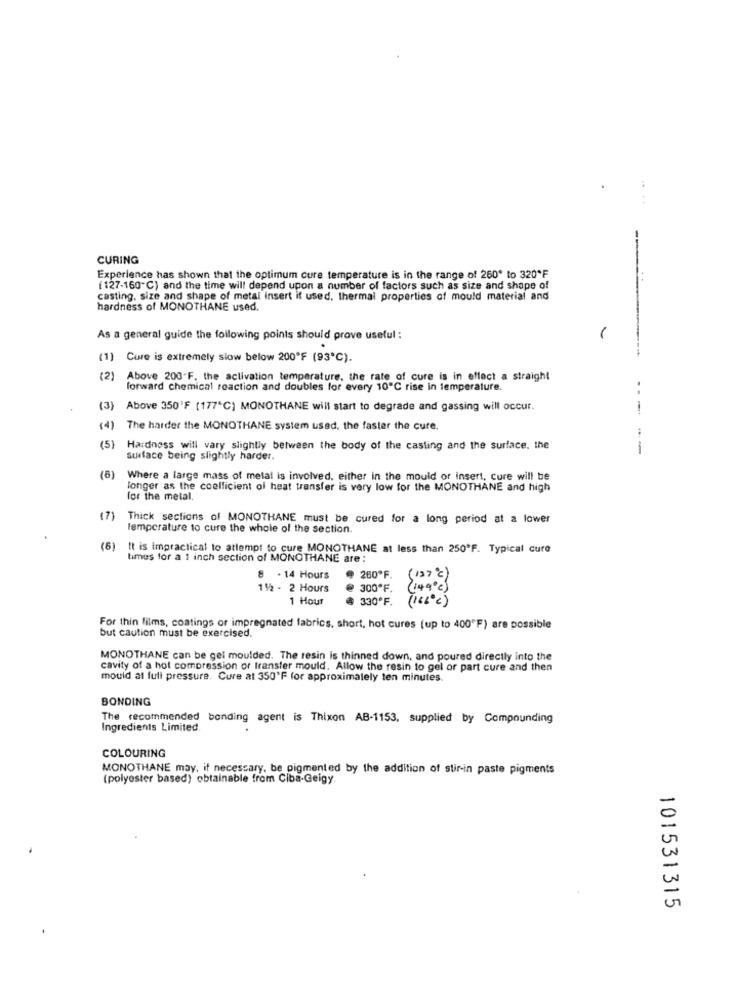
CURING
Experience has shown that the optimum cure temperature is in the range of 260" to 320*F
(127-160"℃) and the time will depend upon a number of factors such as size and shape of
casting. size and shape of metal insert it used, thermal properties of mould material and
hardness of MONOTHANE used.
As a general guide the following points should prove useful :
1
(1) Cure is extremely slow below 200'F (93℃).
(2)
Above 200.F. the activation temperature, the rate of cure is in effect a straight
forward chemical reaction and doubles for every 10℃ rise in temperature.
(3)
Above 350'F (177"C) MONOTHANE will start to degrade and gassing will occur.
---
(4)
The harder the MONOTHANE system used, the faster the cure.
(5)
Hardness will vary slightly between the body of the casting and the surface, the
--
Surface being slightly harder.
(6)
Where a large mass of metal is involved, either in the mould or insert, cure will be
longer as the coefficient of heat transfer is very low for the MONOTHANE and high
for the metal,
(7)
Thick sections of MONOTHANE must be cured for a long period at a lower
temperature to cure the whole of the section.
(6)
It is impractical to attempt to cure MONOTHANE at less than 250ºF. Typical cure
times for a 1 inch section of MONOTHANE are :
8 . 14 Hours
260ºF.
(127℃)
112 - 2 Hours
300*F.
149
1 Hour
@ 330ºF.
For thin films, coatings or impregnated fabrics, short, hot cures (up to 400"F) are possible
but caution must be exercised.
MONOTHANE can be gel moulded. The resin is thinned down, and poured directly into the
cavity of a hot compression or transfer mould. Allow the resin to gel or part cure and then
mould at full pressure. Cure at 350'F for approximately ten minutes.
BONDING
The recommended bonding agent is Thixon AB-1153, supplied by Compounding
Ingredients Limited.
COLOURING
MONOTHANE may, if necessary, be pigmented by the addition of stir-in paste pigments
(polyester based) obtainable from Ciba-Geigy.
101531315